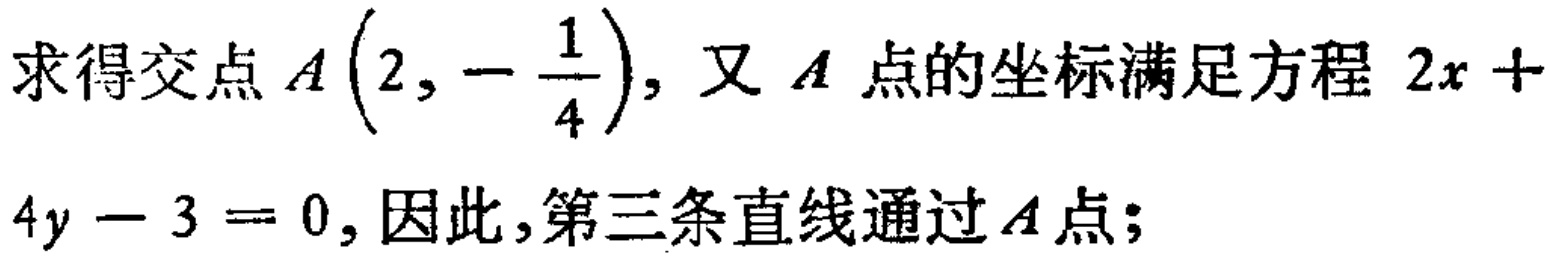
求得交点\(A\left(2,-\dfrac{1}{4}\right)\)，又 \(A\) 点的坐标满足方程 \(2x + 4y - 3 = 0\)，因此，第三条直线通过 \(A\) 点；